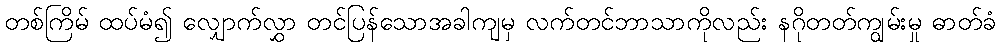
တစ်ကြိမ် ထပ်မံ၍ လျှောက်လွှာ တင်ပြန်သောအခါကျမှ လက်တင်ဘာသာကိုလည်း နဂိုတတ်ကျွမ်းမှု ဓာတ်ခံ